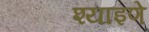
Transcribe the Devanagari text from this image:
श्याइणे